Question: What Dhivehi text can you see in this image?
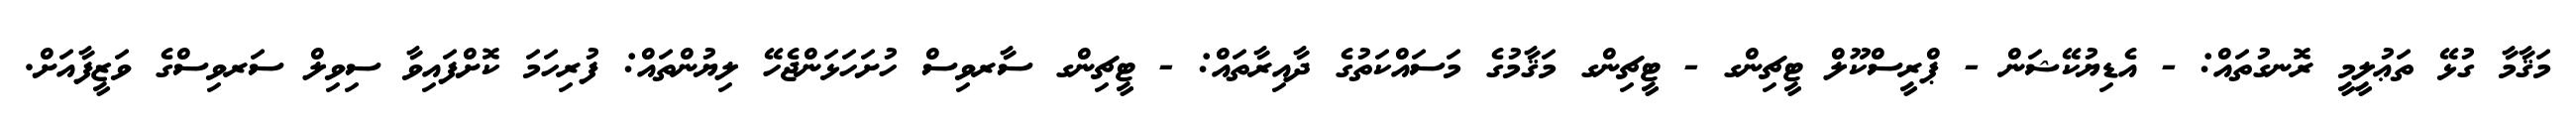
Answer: މަޤާމާ ގުޅޭ ތަޢުލީމީ ރޮނގުތައް: - އެޑިޔުކޭޝަން - ޕްރީސްކޫލް ޓީޗިންގ - ޓީޗިންގ މަޤާމުގެ މަސައްކަތުގެ ދާއިރާތައް: - ޓީޗިންގ ސާރވިސް ހުށަހަޅަންޖެހޭ ލިޔުންތައް: ފުރިހަމަ ކޮށްފައިވާ ސިވިލް ސަރވިސްގެ ވަޒީފާއަށް.